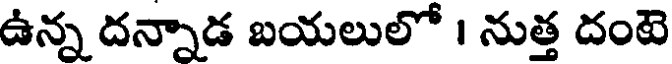
ఉన్న దన్నాడ బయలులో । నుత్త దంటె